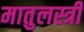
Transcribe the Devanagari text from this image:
मातुलस्त्री